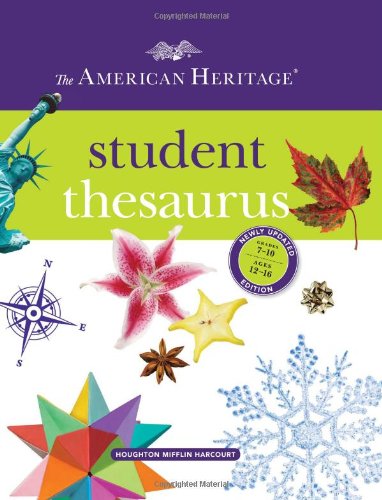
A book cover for The American Heritage Student Thesaurus; Paul Hellweg; Teen & Young Adult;